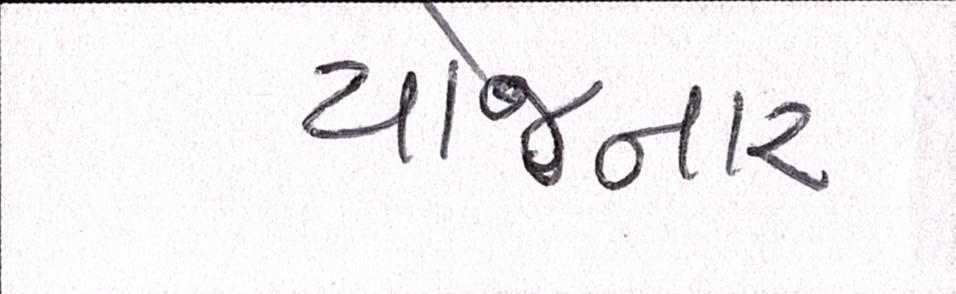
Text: યોજનાર